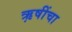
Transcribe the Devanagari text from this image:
ऋ़षींचा